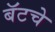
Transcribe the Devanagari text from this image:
बॅटचे